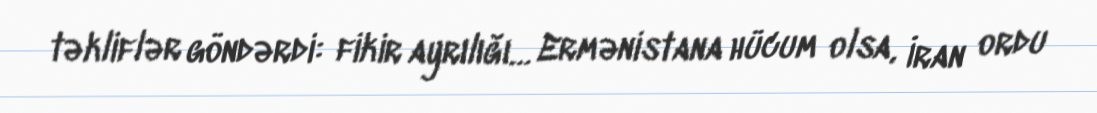
təkliflər göndərdi: fikir ayrılığı… Ermənistana hücum olsa, İran ordu